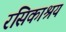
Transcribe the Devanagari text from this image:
रसिकाश्रय